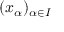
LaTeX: ( x _ { \alpha } ) _ { \alpha \in I }